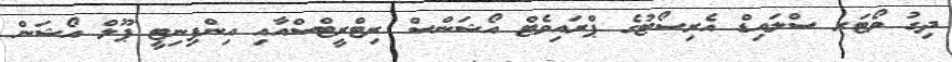
ދިގު ވޯޓަރ ސްލައިޑް އެރިސޯޓުގެ ޕްރައިވެޓް އޯޝަންސް ރިޓްރީޓްސްއާއި އިންފިނިޓީ ޕޫލް އޯޝަން